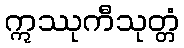
ဣဿုကီသုတ္တံ